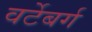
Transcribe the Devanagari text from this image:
वर्टेबर्ग